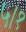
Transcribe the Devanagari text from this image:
५।१